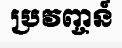
ប្រវញ្ចន៍